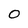
Character: 0